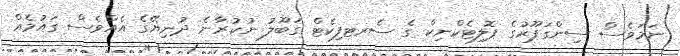
ނަމަވެސް ސިންގަޕޫރުގެ ޕޮލިޓެކްނިކް ގެ ސެރޓފިކެޓް ގަބޫލު ނުކުރާނެ ދުނިޔޭގެ އެއްވެސް ގައުމެއް